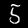
Digit: 5